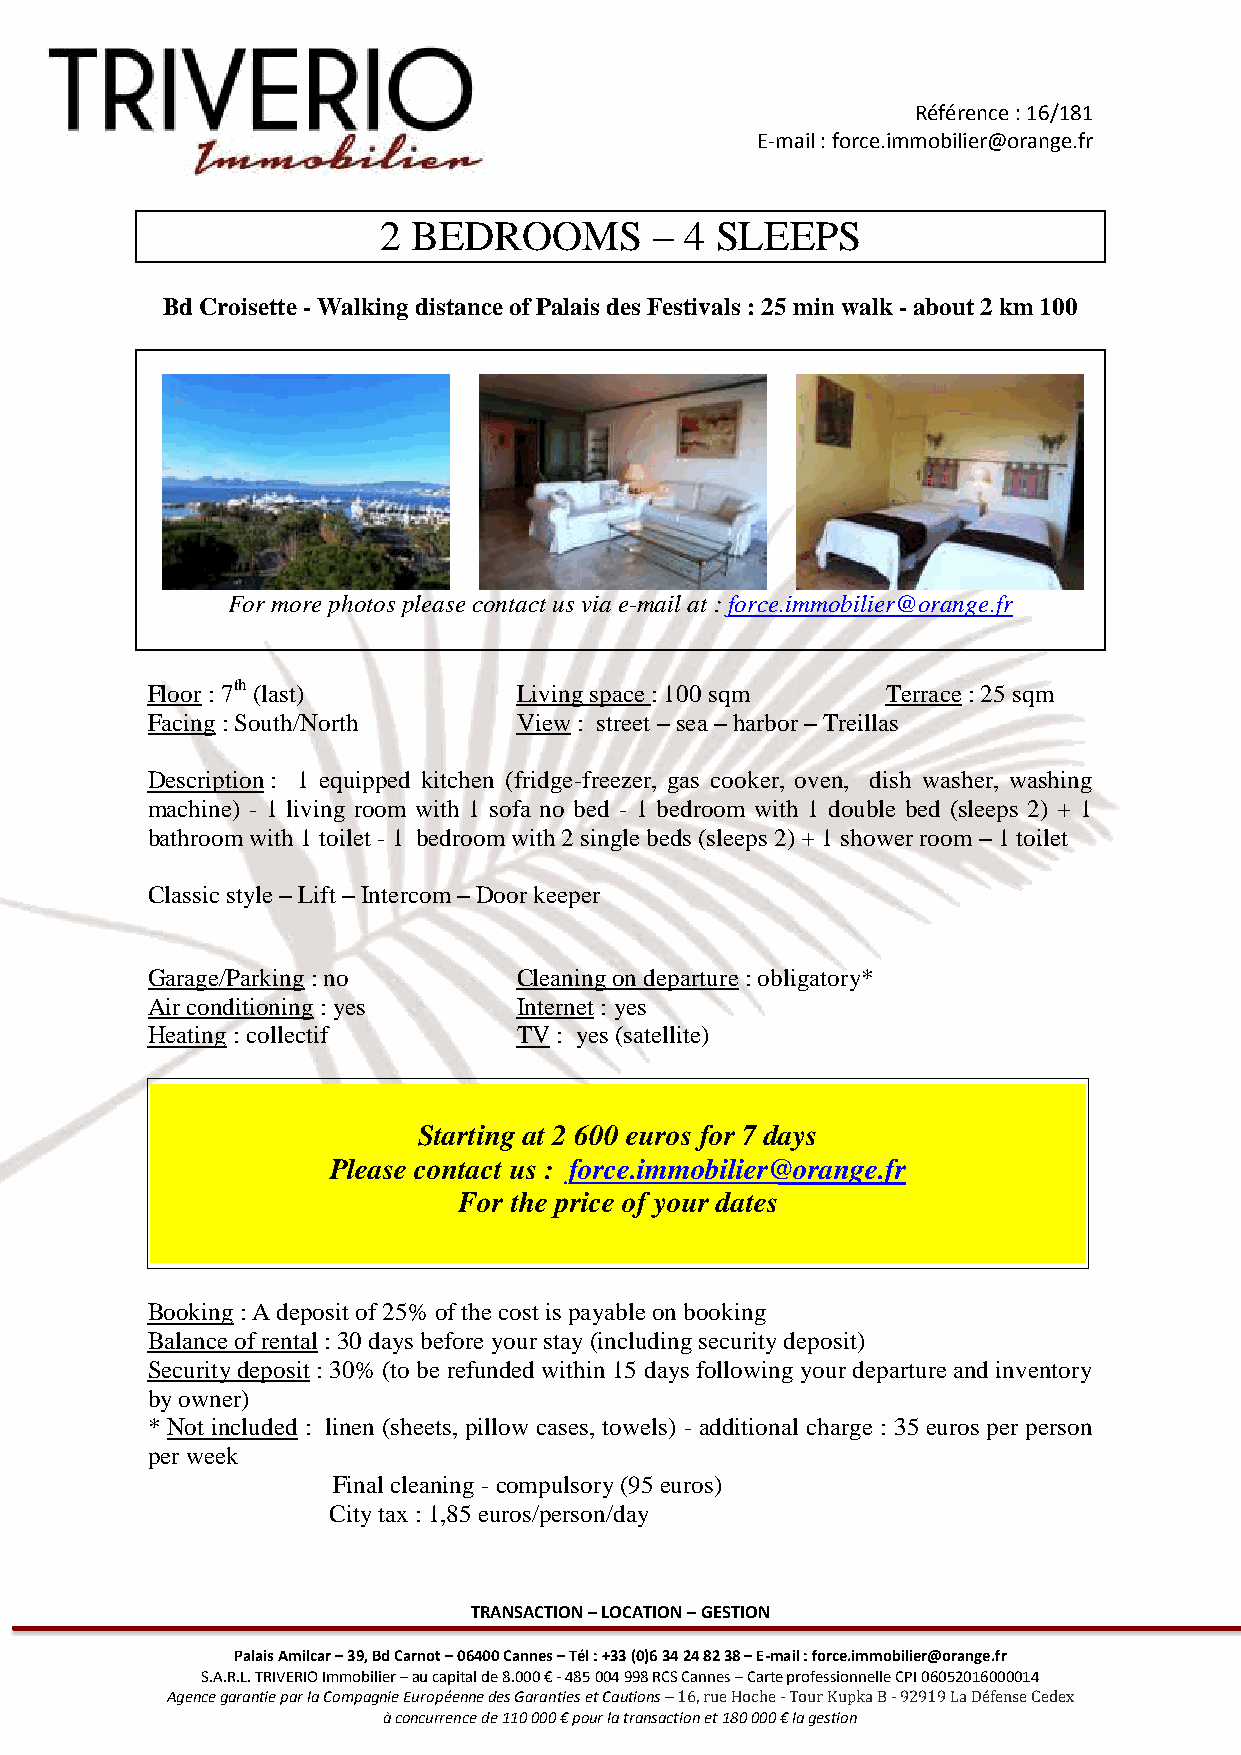
Référence : 16/181
 E-mail : force.immobilier@orange.fr
 2 BEDROOMS        – 4 SLEEPS
 Bd Croisette - Walking distance of Palais des Festivals : 25 min walk - about 2 km 100
 For more photos please contact us via e-mail at : force.immobilier@orange.fr
 Floor : 7th (last)      Living space : 100 sqm   Terrace : 25 sqm
 Facing : South/North    View : street – sea – harbor – Treillas
 Description : 1 equipped kitchen (fridge-freezer, gas cooker, oven, dish washer, washing
 machine) - 1 living room with 1 sofa no bed - 1 bedroom with 1 double bed (sleeps 2) + 1
 bathroom with 1 toilet - 1 bedroom with 2 single beds (sleeps 2) + 1 shower room – 1 toilet
 Classic style – Lift – Intercom – Door keeper
 Garage/Parking : no     Cleaning on departure : obligatory*
 Air conditioning : yes  Internet : yes
 Heating : collectif     TV : yes (satellite)
 Starting at 2 600 euros for 7 days
 Please contact us : force.immobilier@orange.fr
 For the price of your dates
 Booking : A deposit of 25% of the cost is payable on booking
 Balance of rental : 30 days before your stay (including security deposit)
 Security deposit : 30% (to be refunded within 15 days following your departure and inventory
 by owner)
 * Not included : linen (sheets, pillow cases, towels) - additional charge : 35 euros per person
 per week
 Final cleaning - compulsory (95 euros)
 City tax : 1,85 euros/person/day
 TRANSACTION – LOCATION – GESTION
 Palais Amilcar – 39, Bd Carnot – 06400 Cannes – Tél : +33 (0)6 34 24 82 38 – E-mail : force.immobilier@orange.fr
 S.A.R.L. TRIVERIO Immobilier – au capital de 8.000 € - 485 004 998 RCS Cannes – Carte professionnelle CPI 06052016000014
 Agence garantie par la Compagnie Européenne des Garanties et Cautions – 16, rue Hoche - Tour Kupka B - 92919 La Défense Cedex
 à concurrence de 110 000 € pour la transaction et 180 000 € la gestion